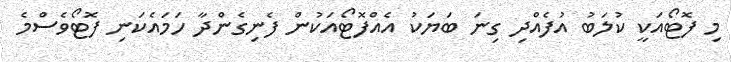
މި ފޮޓޯއަކީ ކުލަބު އުފެއްދި ގިނަ ބަޔަކު އެއްފޮޓޯއަކުން ފެނިގެންދާ ހަމައެކަނި ފޮޓޯވެސްމެ